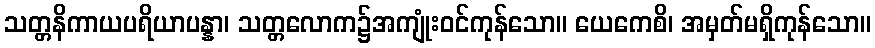
သတ္တနိကာယပရိယာပန္နာ၊ သတ္တလောက၌အကျုံးဝင်ကုန်သော။ ယေကေစိ၊ အမှတ်မရှိကုန်သော။